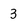
Character: 3